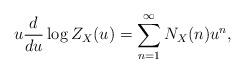
LaTeX: \begin{align*} u\frac{d}{du}\log Z_{X}(u)=\sum^{\infty}_{n=1}N_X(n)u^n,\end{align*}